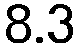
8.3